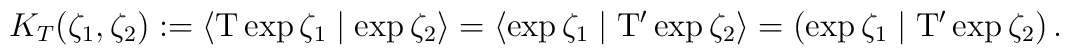
K_T(\zeta _1,\zeta _2):=\left\langle {\rm T}\exp \zeta _1\mid \exp \zeta_2\right\rangle =\left\langle \exp \zeta _1\mid {\rm T}^{\prime }\exp \zeta_2\right\rangle =\left( \exp \zeta _1\mid {\rm T}^{\prime }\exp \zeta_2\right) .